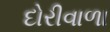
દોરીવાળા